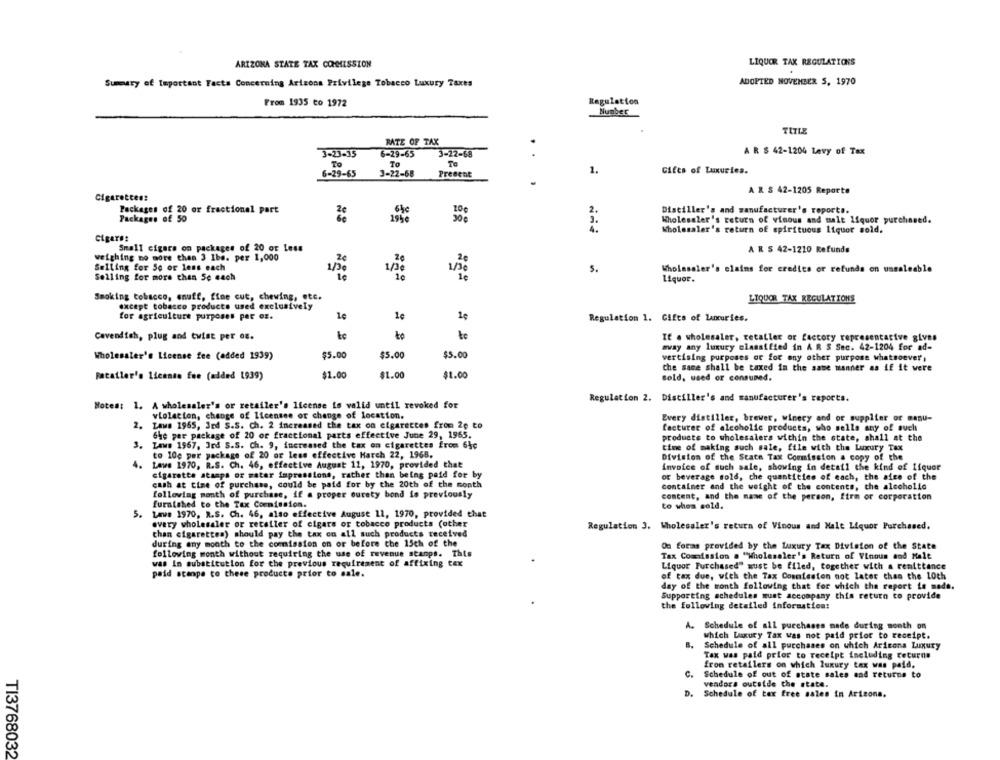
LIQUOR TAK REGULATIONS
ARIZONA STATE TAX COMMISSION
Summary of Important Facts Concerning Arizona Privilege Tobacco Luxury Taxes
ADOPTED NOVEMBER 5, 1970
From 1935 to 1972
Regulation
Number
TITLE
RATE OF TAX
6-29-65
A R $ 42-1204 Levy of Tax
3-23-35
3-22-68
To
To
To
6-29-65
3-22-68
Present
1.
Cifes of Luxuries.
A R S 42-1205 Reparto
Cigarettes:
Packages of 20 or fractional part
Distiller's and manufacturer's reports.
Packages of 50
1948
Wholesaler's return of vinous and malt liquor purchased.
4.
Wholesaler's return of spirituous liquor sold.
Cigars:
Small cigars on packages of 20 or Less
A R $ 42-1210 Refunds
weighing no more then 3 1be. per 1,000
2€
Selling for So or less each
1/3
5.
Wholesaler's claims for credits or refunds on ussaleable
Selling for more than 5c each
Liquor.
Smoking tobacco, snuff, fine cut, chewing, etc.
LIQUOR TAX REGULATIONS
except tobacco products used exclusively
for agriculture purposes per cz.
le
1€
Regulation 1. Gifts of Lanuries.
to
Cavendish, plug and twist per og.
to
If . wholesaler, retailer or factory representative gives
avay any luxury classified in A R S Sec. 42-1204 for ad-
Wholesaler's License fee (added 1939)
$5.00
$5.00
$5.00
vertising purposes or for any other purpose whatsoever,
the same shall be taxed in the same manner as if it were
patatler's license fee (added 1939)
$1.00
$1.00
$1.00
sold, used or consumed.
Regulation 2. Distiller's and manufacturer's reports.
Hotes: 1. A wholesaler's or retailer's license is valid until revoked for
violation, change of licensee or change of location.
Every distiller, brewer, winery and or supplier or manu-
2. Lawe 1965, Jed S.S. Ch. 2 increased the tax on cigarettes from 20 to
facturer of alcoholic products, who sells any of such
Che per package of 20 or fractional parts effective June 29, 1965.
products to wholesalers within the state, shall at the
3.
LAw# 1967, 3rd S.S. Ch. 9, increased the tax on cigarettes from 64c
time of making such sale, file with the Luxury Tax
to 10g per package of 20 or less effective Harch 22, 1968.
Division of the State Tax Commission a copy of the
4.
Lave 1970, R.S. Ch. 46, effective August 11, 1970, provided that
invoice of such sale, showing in detail the kind of Liquor
cigarette stamps or matar impressions, rather than being paid for by
or beverage sold, che quantities of each, the size of the
cash at time of purchase, could be paid for by the 20th of the month
container and the weight of the contents, the alcoholic
following month of purchase, if a proper ourety bond is previously
content, and the name of the person, firm or corporation
furnished to the Tax Commission.
to whom sold.
5. Lawe 1970, R.S. Ch. 46, also effective August 11, 1970, provided that
every wholesaler or retailer of cigars or tobacco products (other
than cigarettes) should pay the tax on all such products received
Regulation 3. Wholesaler's return of Vinous and Malt Liquor Purchased.
during any month to the commission on or before the 15th of the
OG foras provided by the Luxury Tax Division of the State
following month without requiring the use of revenue stamps. This
Tax Commission . "Wholesaler's Return of Vinous and Malt
was In substitution for the previous requirement of affixing tex
Liquor Purchased" must be filed, together with a remittance
paid scanpe to these products prior to sale.
of tax due, with the Tax Commission not later than the LOth
day of the month following that for which the report is made.
Supporting schedules must accompany this return to provide
the following detailed information:
A. Schedule of all purchases made during sonth on
which Luxury Tax was not paid prior to receipt.
B.
Schedule of all purchases on which Aricona Luxury
Tax was paid prior to receipt including returns
from retailers on which luxury tax was paid,
C.
Schedule of out of state sales and returns to
vendors outside the state.
D. Schedule of tax free sales in Arizona.
TI3768032